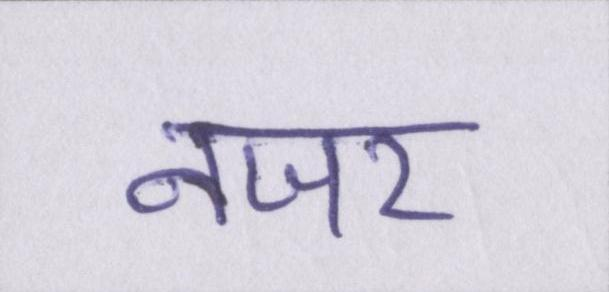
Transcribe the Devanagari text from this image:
नजर